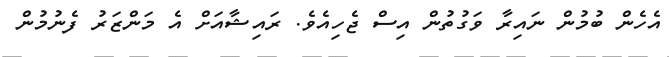
އެހެން ބުމުން ނައިރާ ވަގުތުން އިސް ޖެހިއެވެ. ރައިޝާއަށް އެ މަންޒަރު ފެނުމުން